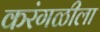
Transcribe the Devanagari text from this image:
करंगळीला